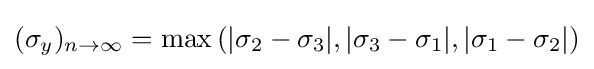
(\sigma _{y})_{n\rightarrow \infty }=\max \left(|\sigma _{2}-\sigma _{3}|,|\sigma _{3}-\sigma _{1}|,|\sigma _{1}-\sigma _{2}|\right)